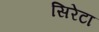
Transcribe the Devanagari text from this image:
सिरेटा